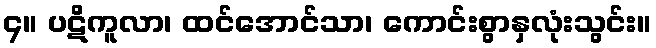
၄။ ပဋိကူလာ၊ ထင်အောင်သာ၊ ကောင်းစွာနှလုံးသွင်း။